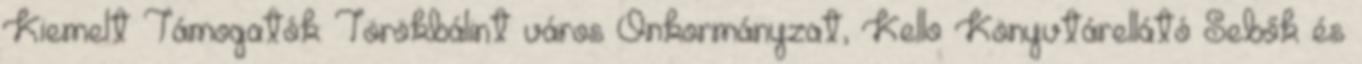
Kiemelt Támogatók: Törökbálint város Önkormányzat, Kello Könyvtárellátó Sebők és